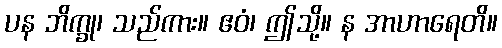
ပန ဘိက္ခု၊ သည်ကား။ ဧဝံ၊ ဤသို့။ န အာဟာရေတိ။